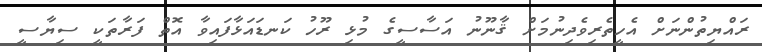
ރައްޔިތުންނަށް އެހީތެރިވެދިނުމަށް ޤާނޫނު އަސާސީގެ މުޅި ރޫހު ކަނޑައަޅާފައިވާ އޮތް ފަރާތަކީ ސިޔާސީ